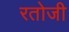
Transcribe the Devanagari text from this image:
रतोजी